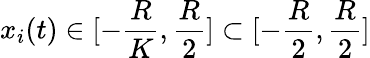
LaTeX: x_{i}(t)\in[-\frac{R}{K},\frac{R}{2}]\subset[-\frac{R}{2},\frac{R}{2}]